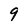
Character: 9